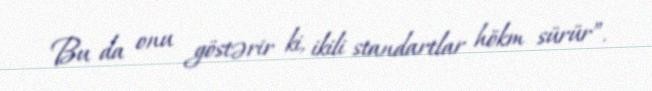
Bu da onu göstərir ki, ikili standartlar hökm sürür”.